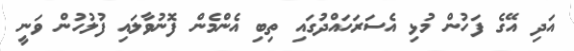
އަދި އޭގެ ފަހުން މުޅި އެސަރަހައްދުގައި ތިބި އެންމެން ފޮނުވާލައި ފުލުހުން ވަނީ